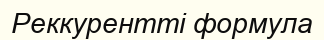
Реккурентті формула